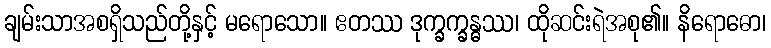
ချမ်းသာအစရှိသည်တို့နှင့် မရောသော။ ဧတဿ ဒုက္ခက္ခန္ဓဿ၊ ထိုဆင်းရဲအစု၏။ နိရောဓော၊